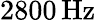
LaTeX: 2800\, \textrm{Hz}